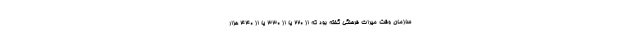
سازمان وقت میراث فرهنگی گفته بود که از ۲۲۰ یا از ۳۳۰ یا از ۴۴۰ هزار